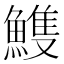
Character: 𩹹